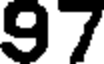
97